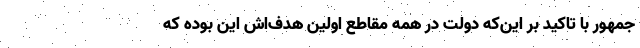
جمهور با تاکید بر این‌که دولت در همه مقاطع اولین هدف‌اش این بوده که